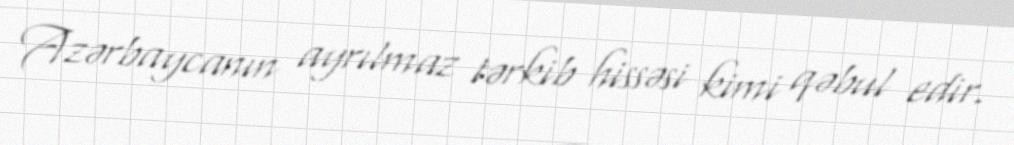
Azərbaycanın ayrılmaz tərkib hissəsi kimi qəbul edir.